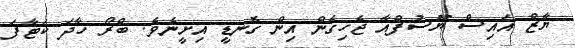
ޔާޒް އައިސް ޔޫސުފްއާ ޖެހިގެން އިން ގޮނޑީ އިށީނެވެ. ބްރޯ ހާދަ ކަޓާފަ